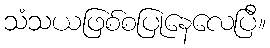
သံသယဖြစ်စပြုနေလေပြီ။